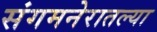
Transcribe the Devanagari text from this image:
संगमनेरातल्या